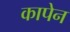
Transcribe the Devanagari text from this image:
कापेन